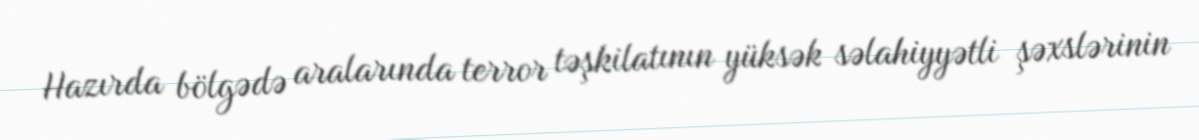
Hazırda bölgədə aralarında terror təşkilatının yüksək səlahiyyətli şəxslərinin